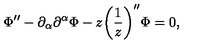
\Phi ^ { \prime \prime } - \partial _ { \alpha } \partial ^ { \alpha } \Phi - z \biggl ( \frac { 1 } { z } \biggr ) ^ { \prime \prime } \Phi = 0 ,